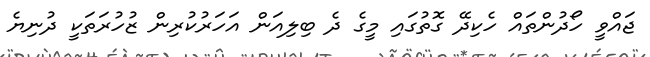
ޖައްވީ ހޯދުންތައް ހެކިދޭ ގޮތުގައި މީގެ ދެ ބިލިއަން އަހަރުކުރިން ޒުހުރަތަކީ ދުނިޔެ